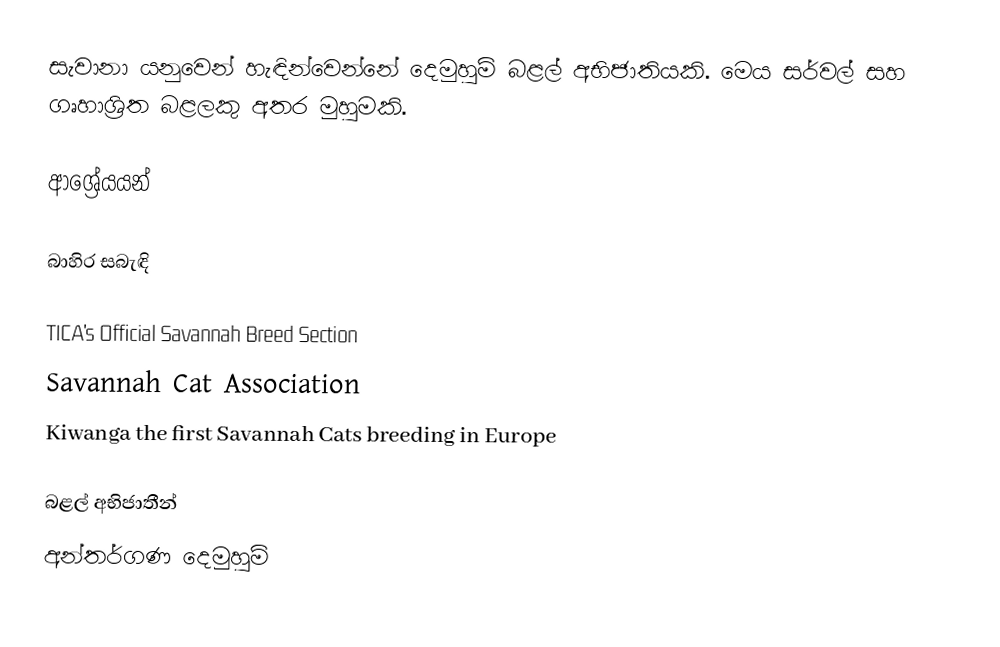
සැවානා යනුවෙන් හැඳින්වෙන්නේ දෙමුහුම් බළල් අභිජාතියකි. මෙය සර්වල් සහ ගෘහාශ්‍රිත බළලකු අතර මුහුමකි.

ආශ්‍රේයයන්

බාහිර සබැඳි

TICA's Official Savannah Breed Section
Savannah Cat Association
Kiwanga the first Savannah Cats breeding in Europe

බළල් අභිජාතීන්
අන්තර්ගණ දෙමුහුම්